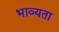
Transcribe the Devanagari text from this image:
भाव्‍यता